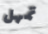
تمهل